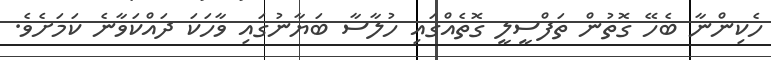
ހެކިންނާ ބެހޭ ގޮތުން ތަފްސީލީ ގޮތެއްގައި ހުލާސާ ބަޔާނުގައި ވާހަކަ ދައްކަވާނެ ކަމަށެވެ.